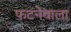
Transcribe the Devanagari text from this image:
फटनेवाला